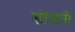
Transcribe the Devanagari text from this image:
डॊळसे